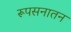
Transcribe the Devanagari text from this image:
रूपसनातन